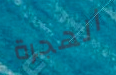
الهجرة